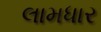
લામધાર